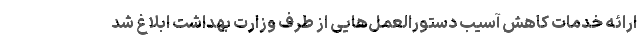
ارائه خدمات کاهش آسیب دستورالعمل‌هایی از طرف وزارت بهداشت ابلاغ شد